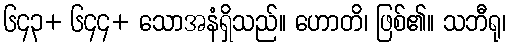
၆၄၃+ ၆၄၄+ သောအနံရှိသည်။ ဟောတိ၊ ဖြစ်၏။ သဘီရု၊